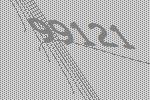
99121